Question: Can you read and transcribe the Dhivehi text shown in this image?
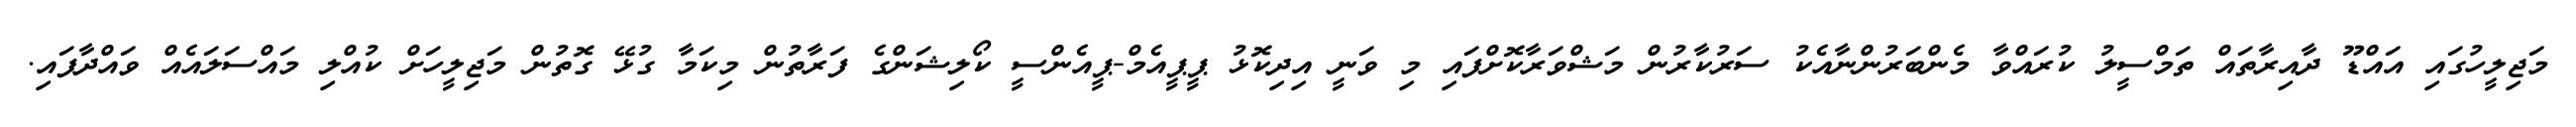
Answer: މަޖިލީހުގައި އައްޑޫ ދާއިރާތައް ތަމްސީލު ކުރައްވާ މެންބަރުންނާއެކު ސަރުކާރުން މަޝްވަރާކޮށްފައި މި ވަނީ އިދިކޮޅު ޕީޕީއެމް-ޕީއެންސީ ކޯލިޝަންގެ ފަރާތުން މިކަމާ ގުޅޭ ގޮތުން މަޖިލީހަށް ކުއްލި މައްސަލައެއް ވައްދާފައި.